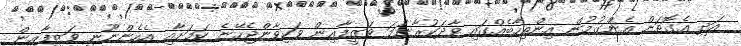
އަދި އެގޮތަށް އެންގުމުން އިންތިހާބެއްގައި ވާދަކުރާނަމަ ވަޒީފާއިން ވަކިވާންޖެހޭނެ ކަމަށާއި އެހެންނޫނީ ވަޒީފާއިން